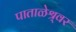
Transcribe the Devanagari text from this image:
पाताळेश्र्वर